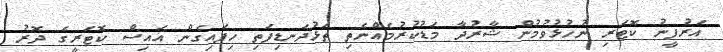
އަރުފީނު ކޮޓަރި ނުހުޅުވުމުން ޝާރުދާ މަޑުކުރުމެއްނެތި ތަޅުދަނޑިފަތި ހިފައިގެން އައިސް ކޮޓަރީގެ ދޮރު